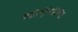
જાણતાજ